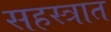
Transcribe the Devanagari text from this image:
सहस्त्रात